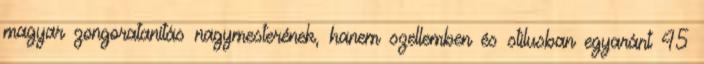
magyar zongoratanítás nagymesterének, hanem szellemben és stílusban egyaránt 45